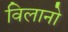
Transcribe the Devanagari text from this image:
विलानो